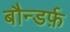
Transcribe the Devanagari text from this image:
बौन्डर्फ़